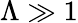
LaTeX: \Lambda\gg 1